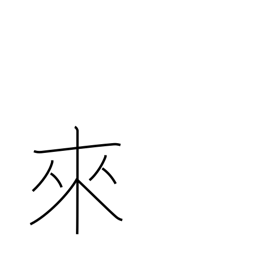
Meaning: come